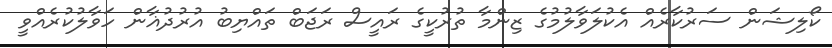
ކޯލިޝަން ސަރުކާރެއް އެކުލަވާލުމުގެ ޒިންމާ ތުރުކީގެ ރައީސް ރަޖަބް ތައްޔިބު އުރުދުޣާން ހަވާލުކުރެއްވީ